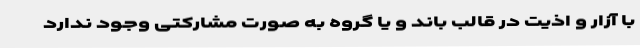
با آزار و اذیت در قالب باند و یا گروه به‌ صورت مشارکتی وجود ندارد